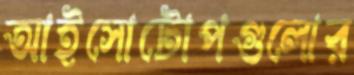
আইসোটোপগুলোর